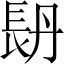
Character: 𨱪